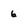
Character: 6